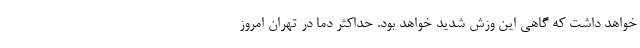
خواهد داشت که گاهی این وزش شدید خواهد بود. حداکثر دما در تهران امروز